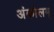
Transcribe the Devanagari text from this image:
अंकोलम्